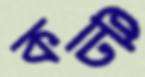
কটি